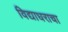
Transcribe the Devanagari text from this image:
विद्याधराचा